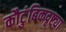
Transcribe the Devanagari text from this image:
कौटुंबिकदृष्ट्या